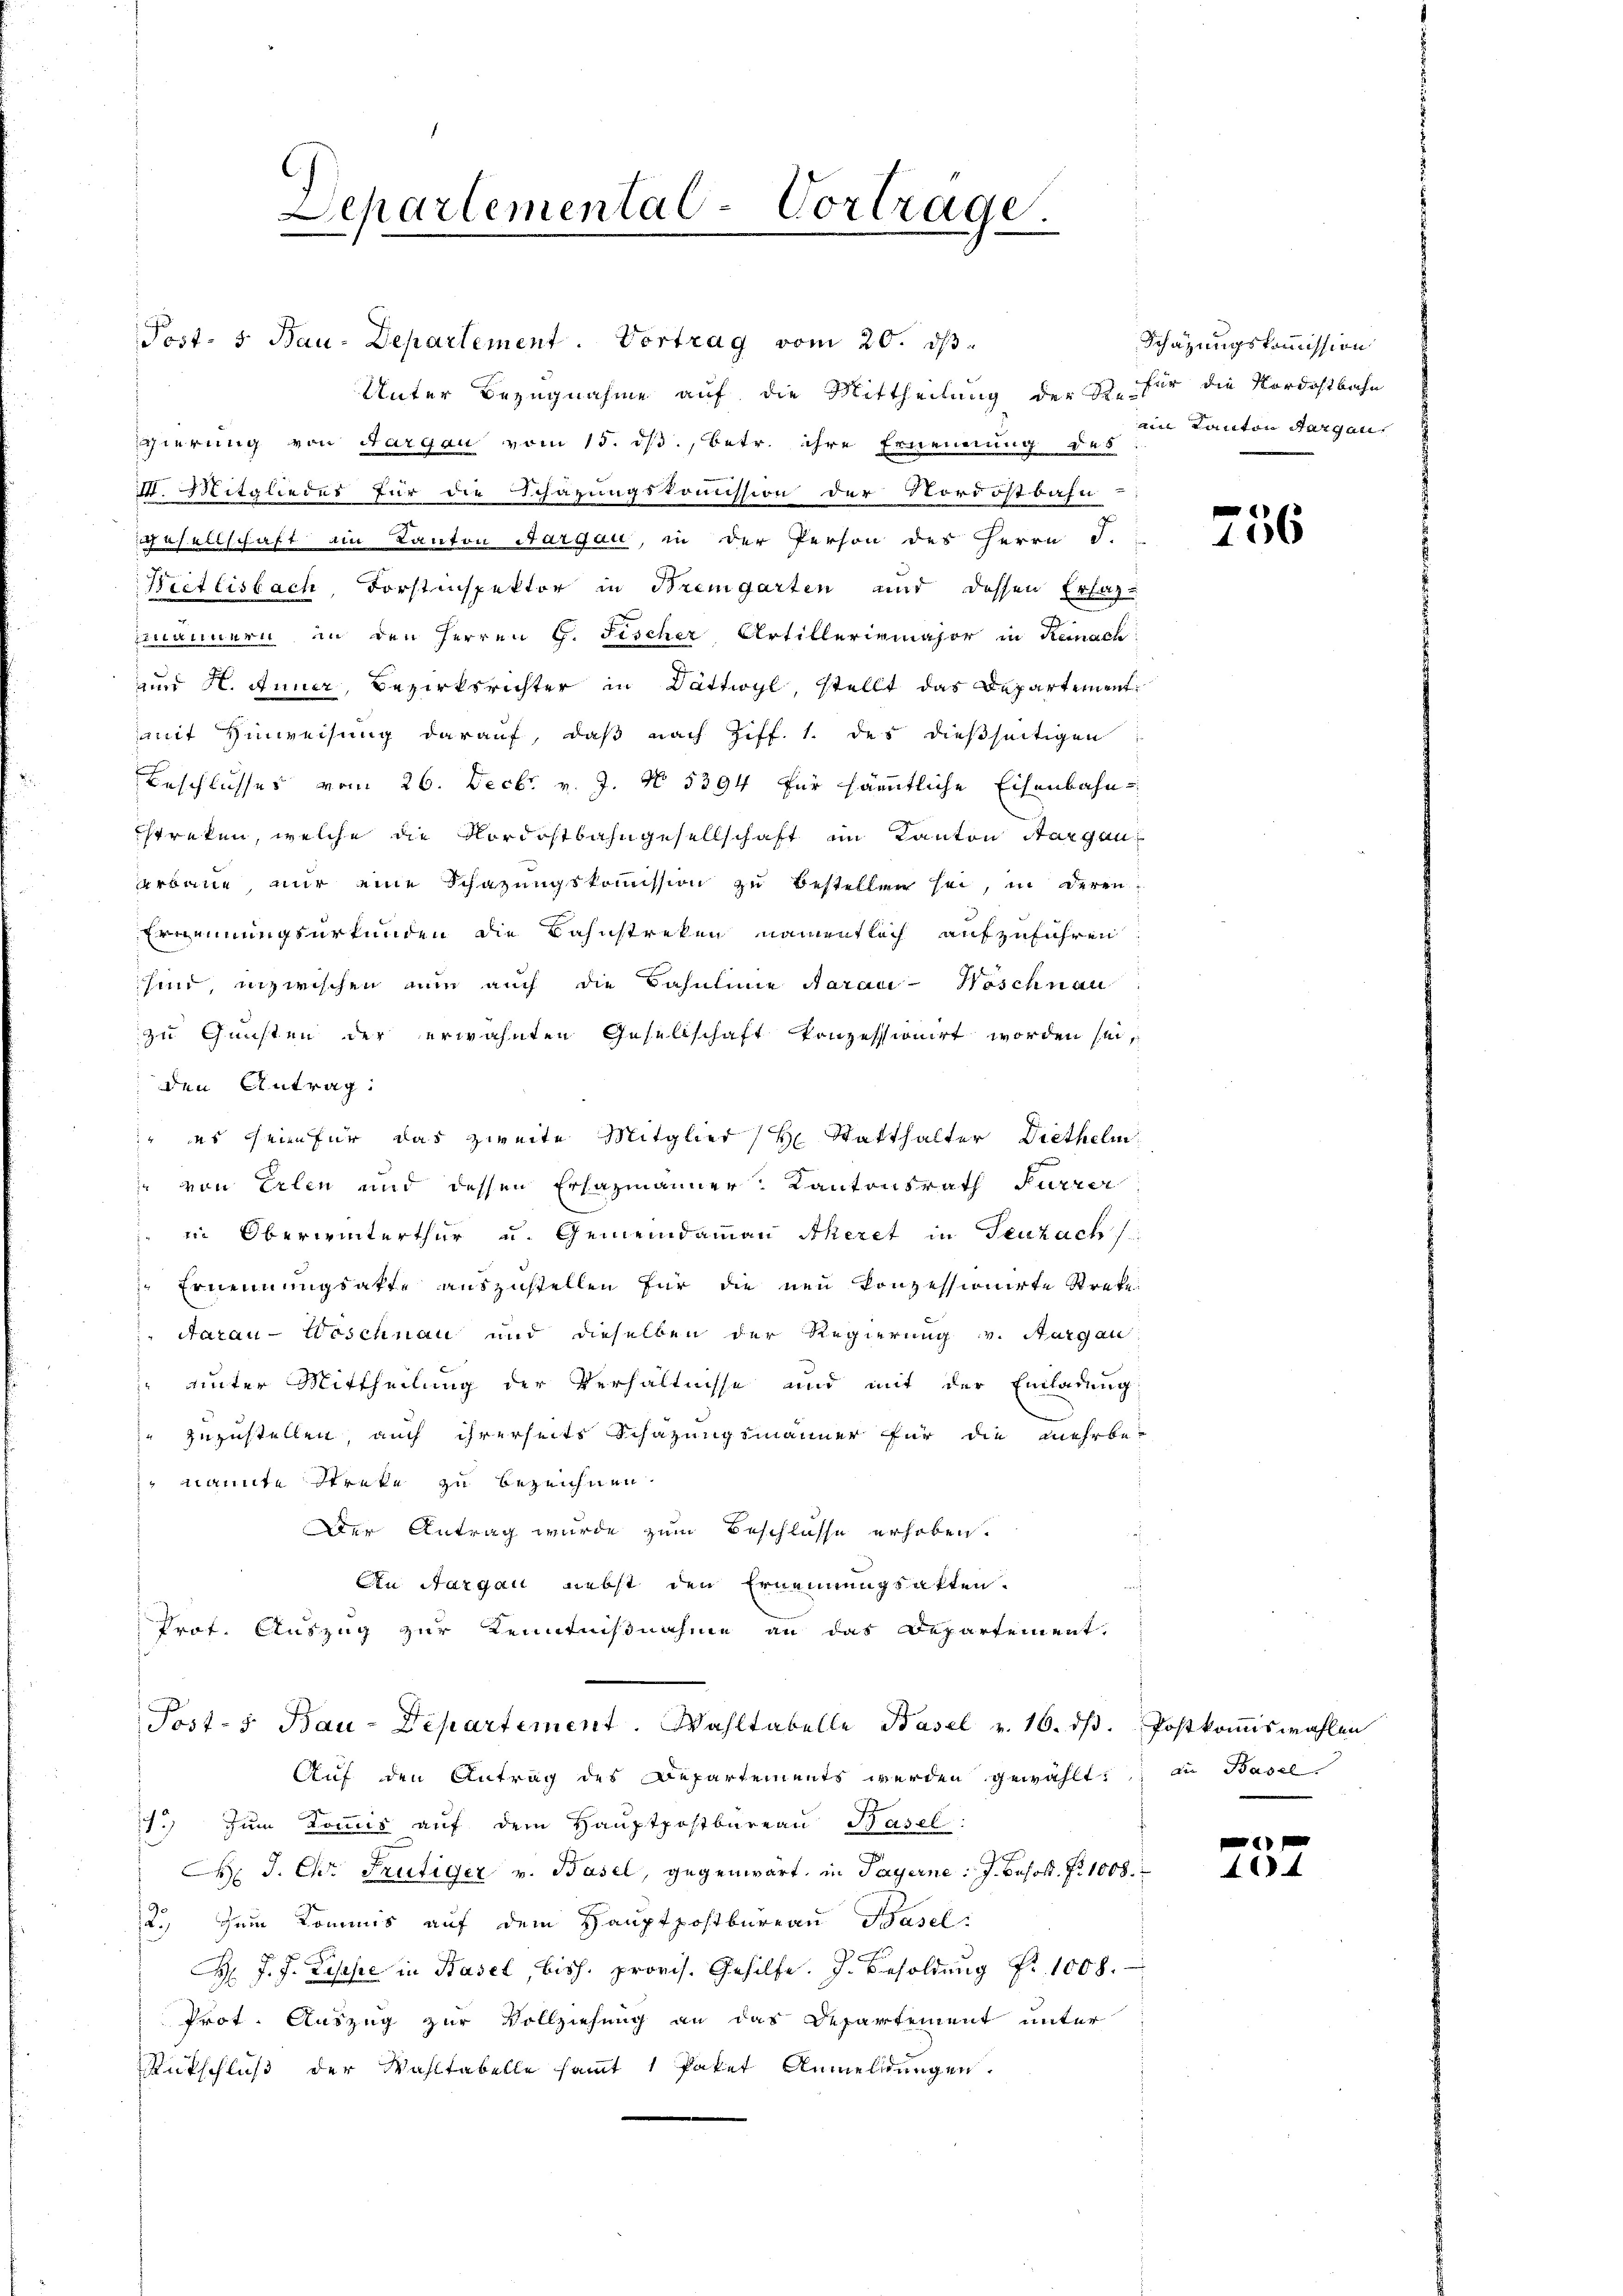
Lepartemental-Vortrage.

Post- 5. Bau-Departement. Vortrag vom 20. dβ.
Unter Bezugnahme auf die Mittheilung der Sch. für die Nordostbahn
Egierung von Aargau vom 15. ds., betr. ihre Ernennung des
V. Mitgliedes für die Schazungskommission der Nordostbahn
gesellschaft am Kanton Aargau, in der Person des Herrn J.
Wietlisbach, Forstinspektor in Bremgarten mir dessen Erfas-
Emännern in den Herren G. Fischer, Artilleriemajor in Reinach
und H. Anner, Bezirksrichter in Dättwyl, stellt das Departementmit Hinweisung darauf, daß nach Ziff. 1. des dießseitigen
Beschlusses vom 26. Decbr. v. J. No. 5394 für sämmtliche Eisenbahn
treken, welche die Nordostbahngesellschaft im Kanton Aargau
arbaue, nur eine Schazungskoṁission zu bestellen sei, in deren-
Erennungsurkunden die Bahnstreken namentlich aufzuführen:
sind, inzwischen nun auch die Bahnlinie darau-Woschnau
zu Gunsten der erwähnten Gesellschaft konzessionirt worden sei,
den Antrag:
 es sein für das zweite Mitglied H: Statthalter Diethelm,
 von Erlen und dessen Ersazmänner Kantonsrath Furrer
in Oberwinterthur u. Gemeindammann Theret in Teuzach
 Ernennungsakte auszustellen für die neu konzessionirte Streke
Aarau - Weschnau und dieselben der Regierung v. Aargau
 unter Mittheilung der Verhältnisse und mit der Einladung
zuzustellen, auch ihrerseits Schazungsmänner für die mehrbe
 nannte Streke zu bezeichnen.
Der Antrag wurde zum Beschlüsse erhoben.
An Aargau nebst den Ernennungsakten.
Prof. Auszug zur Kenntnißnahme an das Departement,
Post-s Bau-Departement. Wahltabelle Basel v. 16. dβ. Postkomiswahlen
Auf den Antrag des Departements werden gewählt: an Basel
. zŭm Koṁis aŭf dem Haŭptpostbüreaŭ Basel:
C. J. Chr. Frutiger v. Basel, gegenwart, in Payerne: J. Beholt. Fr. 1008.
2. Zum Kommis auf dem Hauptpostbureau Basel:
H. J. J. Lesehe in Basel, bish. provis. Gehilfe. J. Besoldung Fr. 1008.
Prot. Auszug zur Vollziehung an das Departement unter
Rutschluß der Wahltabelle sammt 1 Paket Anmeldungen.

Schätzungskommission
ain Kanton Aargau,

e
156

464